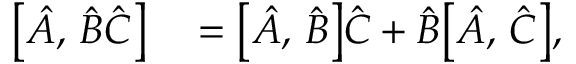
\begin{array} { r l } { \bigl [ \hat { A } , \, \hat { B } \hat { C } \bigr ] } & { { } = \bigl [ \hat { A } , \, \hat { B } \bigr ] \hat { C } + \hat { B } \bigl [ \hat { A } , \, \hat { C } \bigr ] , } \end{array}